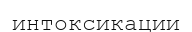
интоксикации